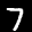
Label: 7